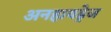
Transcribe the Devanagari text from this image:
अनहायड्रेज